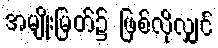
အမျိုးမြတ်၌ ဖြစ်လိုလျှင်